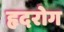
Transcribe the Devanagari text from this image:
हृदरोग